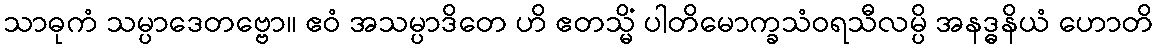
သာဓုကံ သမ္ပာဒေတဗ္ဗော။ ဧဝံ အသမ္ပာဒိတေ ဟိ ဧတသ္မိံ ပါတိမောက္ခသံဝရသီလမ္ပိ အနဒ္ဓနိယံ ဟောတိ